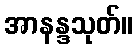
အာနန္ဒသုတ်။